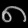
Digit: ၈